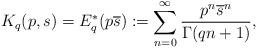
LaTeX: \begin{align*}K_q(p,s)=E_q^*(p\overline{s}):=\displaystyle \sum_{n=0}^\infty \frac{p^n\overline{s}^n}{\Gamma(qn+1)},\end{align*}